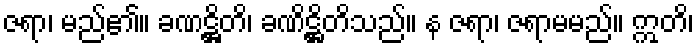
ဇရာ၊ မည်၏။ ခဏဋ္ဌိတိ၊ ခဏိဋ္ဌိတိသည်။ န ဇရာ၊ ဇရာမမည်။ ဣတိ၊